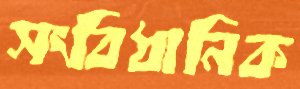
সংবিধানিক